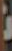
: